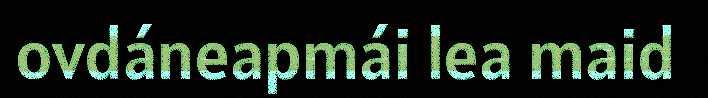
ovdáneapmái lea maid